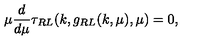
\mu \frac { d } { d \mu } \tau _ { R L } ( k , g _ { R L } ( k , \mu ) , \mu ) = 0 ,